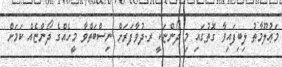
މަޢުލޫމާތު ލިބިފައިވާ ގޮތުގައި މި ދޯންޏަކީ ރ.ދުވާފަރަށް ނިސްބަތްވާ މީހެއްގެ ދޯންޏެއް ކަމަށް